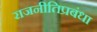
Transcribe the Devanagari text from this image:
राजनीतिप्रबंधा